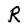
Character: R